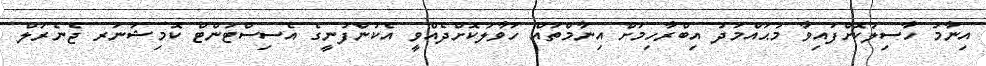
އިނާމު ހާސިލުކޮށްފައިވާ މުޙައްމަދު އިބްރާހިމަށް އިނާމްތައް ހަވާލުކޮށްދެއްވީ އެކުންފުނީގެ އެސިސްޓަންޓް ކޮމިޝަނަރ ޖެނެރަލް